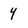
Character: y